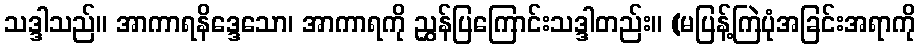
သဒ္ဒါသည်။ အာကာရနိဒ္ဒေသော၊ အာကာရကို ညွှန်ပြကြောင်းသဒ္ဒါတည်း။ (မပြန့်ကြဲပုံအခြင်းအရာကို